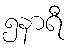
၅နာရီ